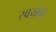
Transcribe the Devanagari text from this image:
स्‍वयंवर